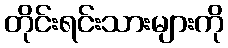
တိုင်းရင်းသားများကို